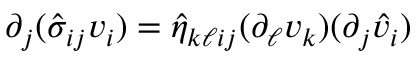
\partial _ { j } ( \hat { \sigma } _ { i j } v _ { i } ) = \hat { \eta } _ { k \ell i j } ( \partial _ { \ell } v _ { k } ) ( \partial _ { j } \hat { v } _ { i } )